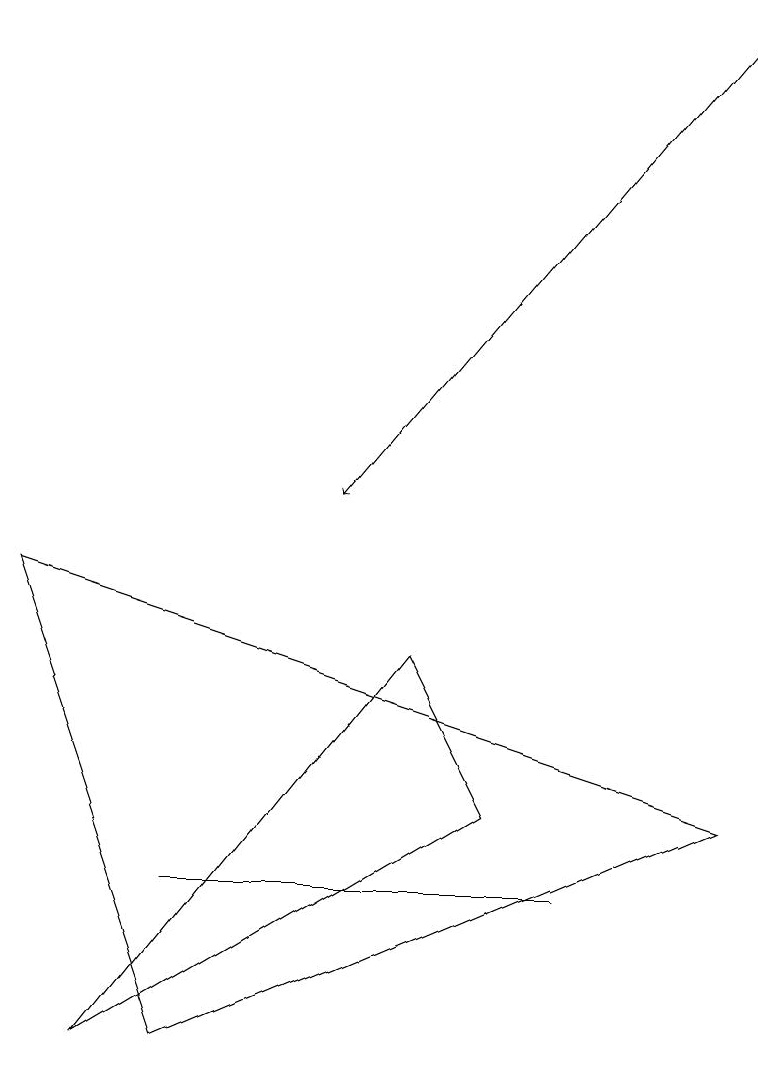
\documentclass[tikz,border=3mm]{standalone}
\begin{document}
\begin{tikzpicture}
\draw (7,5) -- (7,5) -- (2,5) -- cycle;
\draw (0,9) -- (2,3) -- (9,6) -- cycle;
\draw[->] (9,16) -- (4,10);
\draw (1,3) -- (5,8) -- (6,6) -- cycle;
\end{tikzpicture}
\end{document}